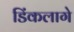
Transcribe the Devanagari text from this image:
डिंकलागे